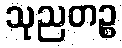
သုညတဉ္စ